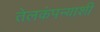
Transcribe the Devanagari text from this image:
तेलकंपन्याशी